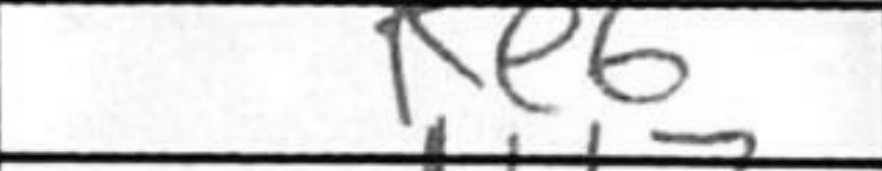
Transcription: Ke6